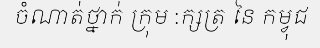
ចំណាត់ថ្នាក់ ក្រុម :ក្សត្រ នៃ កម្វុជ